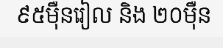
៩៥ម៉ឺនរៀល និង ២០ម៉ឺន